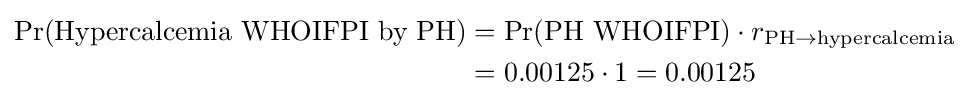
{\begin{aligned}\Pr({\text{Hypercalcemia WHOIFPI by PH}})&=\Pr({\text{PH WHOIFPI}})\cdot r_{{\text{PH}}\rightarrow {\text{hypercalcemia}}}\\&=0.00125\cdot 1=0.00125\end{aligned}}